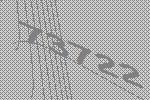
73722